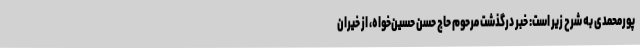
پورمحمدی به شرح زیر است: خبر درگذشت مرحوم حاج حسن حسین‌خواه، از خیران